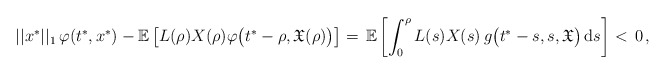
\begin{align*}\ ||x^*||_1\,\varphi(t^*,x^*) - \mathbb{E} \left[L(\rho)X(\rho)\varphi \big(t^*-\rho,\mathfrak{X}(\rho)\big)\right] =\, \mathbb{E} \left[\int_0^{\rho} L(s)X(s)\, g\big(t^*-s,s,\mathfrak{X}\big)\, \mathrm{d}s \right] <\, 0\,,\end{align*}